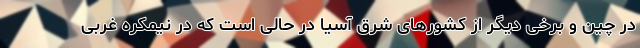
در چین و برخی دیگر از کشورهای شرق آسیا در حالی است که در نیمکره غربی